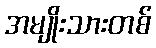
အမျိုးသားတစ်